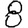
Digit: 8